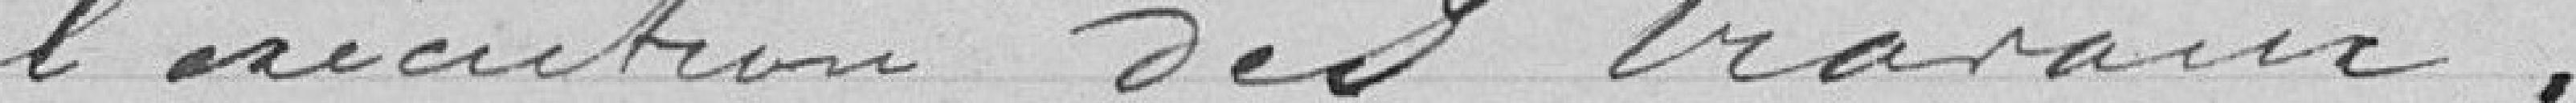
l'exécution des travaux.